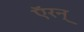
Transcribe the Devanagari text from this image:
ऍरन्